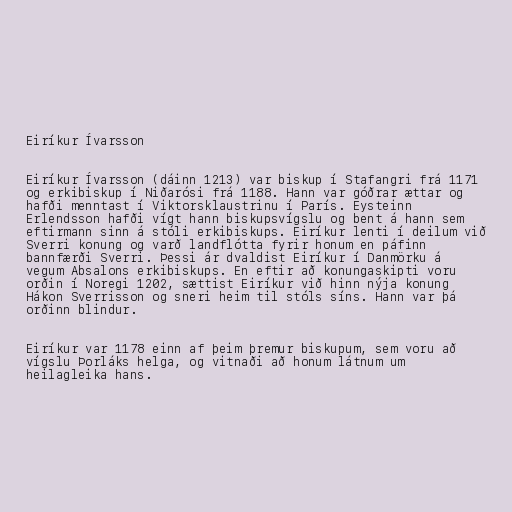
Eiríkur Ívarsson

Eiríkur Ívarsson (dáinn 1213) var biskup í Stafangri frá 1171
og erkibiskup í Niðarósi frá 1188. Hann var góðrar ættar og
hafði menntast í Viktorsklaustrinu í París. Eysteinn
Erlendsson hafði vígt hann biskupsvígslu og bent á hann sem
eftirmann sinn á stóli erkibiskups. Eiríkur lenti í deilum við
Sverri konung og varð landflótta fyrir honum en páfinn
bannfærði Sverri. Þessi ár dvaldist Eiríkur í Danmörku á
vegum Absalons erkibiskups. En eftir að konungaskipti voru
orðin í Noregi 1202, sættist Eiríkur við hinn nýja konung
Hákon Sverrisson og sneri heim til stóls síns. Hann var þá
orðinn blindur.

Eiríkur var 1178 einn af þeim þremur biskupum, sem voru að
vígslu Þorláks helga, og vitnaði að honum látnum um
heilagleika hans.